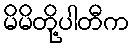
မိမိတို့ပါတီက